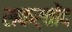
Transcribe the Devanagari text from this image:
सकर्तोंद